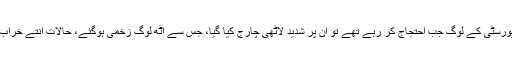
صرف یہی نہیں علی گڑھ مسلم یونیورسٹی کے لوگ جب احتجاج کر رہے تھے تو ان پر شدید لاٹھی چارج کیا گیا، جس سے آٹھ لوگ زخمی ہوگئے، حالات انتے خراب ہوئے کہ انٹرنٹ کو بند کر دیا گیا۔